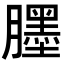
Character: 𦢓